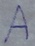
Text: A